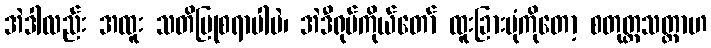
အဲဒါလည်း အထူး သတိပြုစရာပါပဲ၊ အဲဒီရုပ်ကိုယ်တော် ထူးခြားပုံကိုတော့ စတုတ္ထသတ္တာဟ